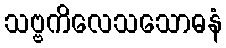
သဗ္ဗကိလေသသောဓနံ